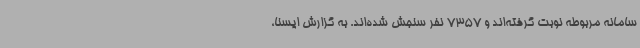
سامانه مربوطه نوبت گرفته‌اند و 7357 نفر سنجش شده‌اند. به گزارش ایسنا،